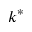
k ^ { * }